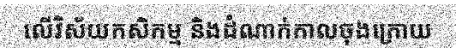
លើវិស័យកសិកម្ម និងដំណាក់កាលចុងក្រោយ